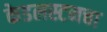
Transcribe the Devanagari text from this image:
केडलस्टनचा